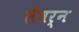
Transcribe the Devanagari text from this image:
लैवर्न